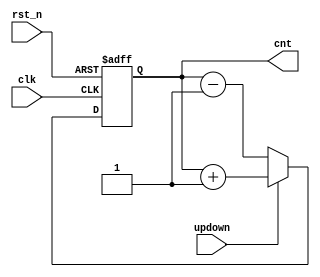
module counter # (
parameter n=8 )
(
	input clk, rst_n,
	input updown,
	output reg[n-1:0] cnt

);


always @(posedge clk or negedge rst_n)
begin
	if(~rst_n) cnt<=0;
	else begin
	if(updown==1) cnt<= cnt+1;
	else cnt<=cnt-1;
	end	
	
end



endmodule